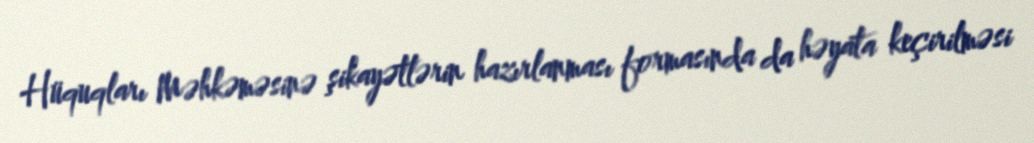
Hüquqları Məhkəməsinə şikayətlərin hazırlanması formasında da həyata keçirilməsi